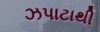
ઝપાટાથી